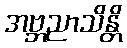
အဗ္ဘညာသိန္တိ